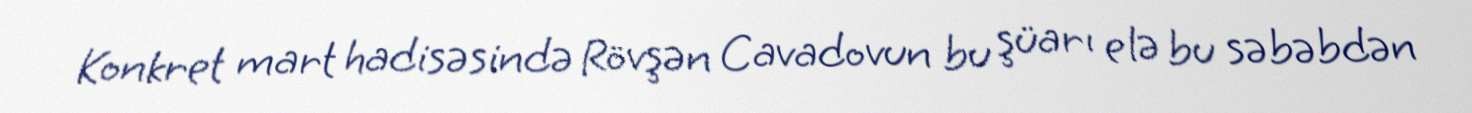
Konkret mart hadisəsində Rövşən Cavadovun bu şüarı elə bu səbəbdən